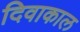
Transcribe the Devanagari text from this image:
दिवाकाल